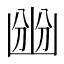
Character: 㟗